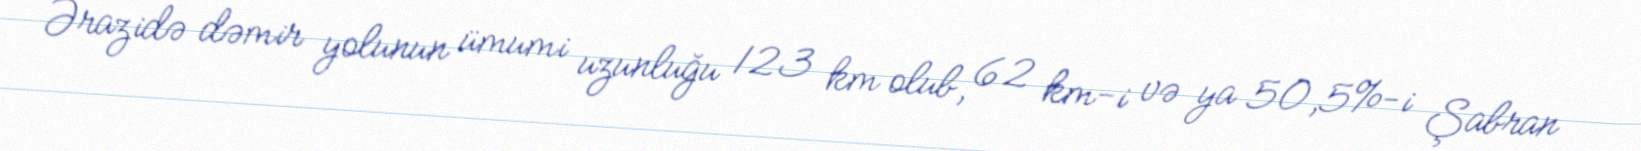
Ərazidə dəmir yolunun ümumi uzunluğu 123 km olub, 62 km-i və ya 50,5%-i Şabran